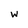
Character: w